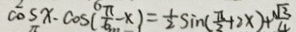
\cos \cdot \cos ( \frac { \pi } { 6 } - x ) = \frac { 1 } { 2 } \sin ( \frac { \pi } { 3 } + 2 x ) + \frac { \sqrt { 3 } } { 4 }